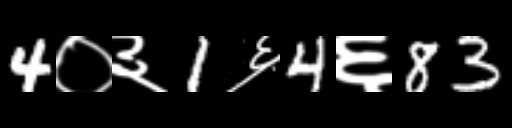
Text: 4०३1६4६83